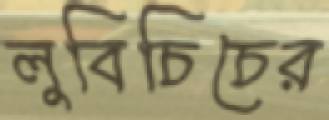
লুবিচিচের